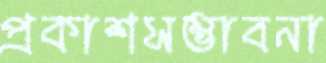
প্রকাশসম্ভাবনা